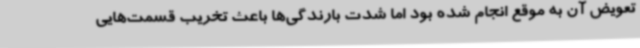
تعویض آن به موقع انجام شده بود اما شدت بارندگی‌ها باعث تخریب قسمت‌هایی